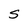
Character: S